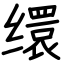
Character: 缳